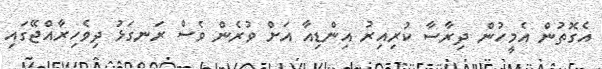
އެގޮތުން އެމީހުން ދިރާސާ ކުރިއިރު އިންޑިއާ އަށް ވުރެން ވެސް ރަނގަޅު ދިވެހިރާއްޖޭގައި